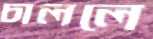
চাললে